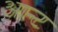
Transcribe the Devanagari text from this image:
आन्ट